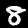
Digit: 8